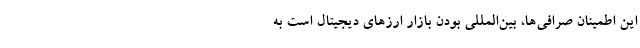
این اطمینان صرافی‌ها، بین‌المللی بودن بازار ارزهای دیجیتال است به